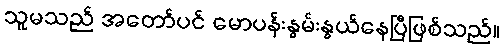
သူမသည် အတော်ပင် မောပန်းနွမ်းနွယ်နေပြီဖြစ်သည်။